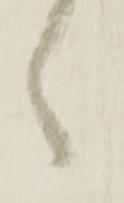
々